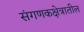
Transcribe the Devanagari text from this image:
संगणकक्षेत्रातील